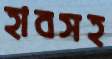
হাবসহ